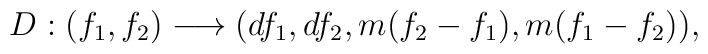
D:(f_1,f_2) \longrightarrow (df_1, df_2, m(f_2-f_1), m(f_1-f_2)),